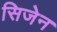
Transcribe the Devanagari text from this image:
सिजेन